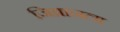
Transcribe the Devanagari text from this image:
जिब्रानला